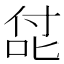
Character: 㖚